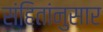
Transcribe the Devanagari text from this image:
संहितांनुसार